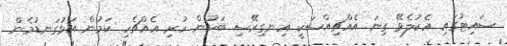
ސައިޓުގައި އެކުލެވޭ ގިނަ އެއްޗިއްސަކީ އިނގިރޭސި ބަހުން ހުރި އެއްޗެހި ކަމުން އަޅުގަނޑުމެން